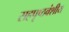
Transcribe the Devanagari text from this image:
सहपृष्ठवंशीय